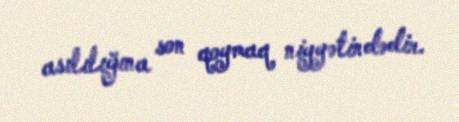
asılılığına son qoymaq niyyətindədir.